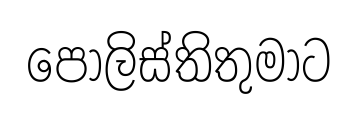
පොලිස්තිතුමාට